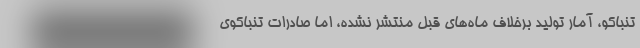
تنباکو، آمار تولید برخلاف ماه‌های قبل منتشر نشده، اما صادرات تنباکوی